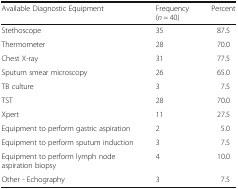
| Available Diagnostic Equipment | Frequency (n = 40) | Percent |
 | --- | --- | --- |
 | Stethoscope | 35 | 87.5 |
 | Thermometer | 28 | 70.0 |
 | Chest X-ray | 31 | 77.5 |
 | Sputum smear microscopy | 26 | 65.0 |
 | TB culture | 3 | 7.5 |
 | TST | 28 | 70.0 |
 | Xpert | 11 | 27.5 |
 | Equipment to perform gastric aspiration | 2 | 5.0 |
 | Equipment to perform sputum induction | 3 | 7.5 |
 | Equipment to perform lymph node aspiration biopsy | 4 | 10.0 |
 | Other - Echography | 3 | 7.5 |